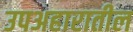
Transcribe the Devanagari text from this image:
उपअहारातील